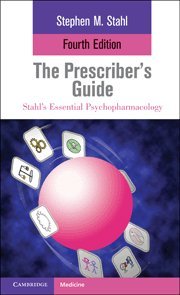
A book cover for The Prescriber's Guide (Stahl's Essential Psychopharmacology); Stephen M. Stahl; Medical Books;